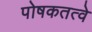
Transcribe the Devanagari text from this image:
पोषकतत्वे